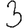
Digit: 3